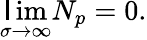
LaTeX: \operatorname*{\mathsf{l}im}_{\sigma\to\infty}N_{p}=0.